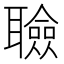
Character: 𦗹